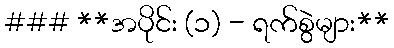
### **အပိုင်း (၁) - ရက်စွဲများ**